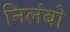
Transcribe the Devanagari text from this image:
निलंबो